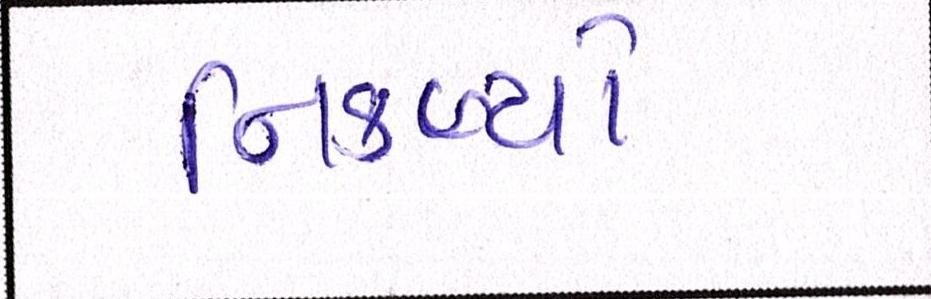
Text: નિકળ્યો